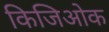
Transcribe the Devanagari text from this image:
किजिओक